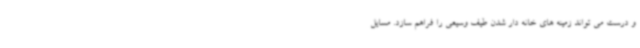
و درست می تواند زمینه های خانه دار شدن طیف وسیعی را فراهم سازد. مسایل